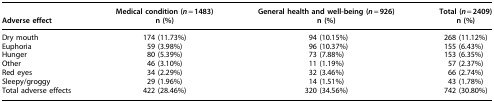
| Adverse effect | Medical condition (n=1483) n (%) | General health and well-being (n=926) n (%) | Total (n=2409) n (%) |
 | --- | --- | --- | --- |
 | Dry mouth | 174 (11.73%) | 94 (10.15%) | 268 (11.12%) |
 | Euphoria | 59 (3.98%) | 96 (10.37%) | 155 (6.43%) |
 | Hunger | 80 (5.39%) | 73 (7.88%) | 153 (6.35%) |
 | Other | 46 (3.10%) | 11 (1.19%) | 57 (2.37%) |
 | Red eyes | 34 (2.29%) | 32 (3.46%) | 66 (2.74%) |
 | Sleepy/groggy | 29 (1.96%) | 14 (1.51%) | 43 (1.78%) |
 | Total adverse effects | 422 (28.46%) | 320 (34.56%) | 742 (30.80%) |